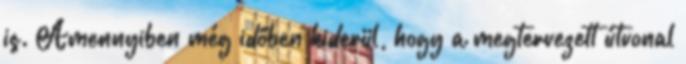
is. Amennyiben még időben kiderül, hogy a megtervezett útvonal